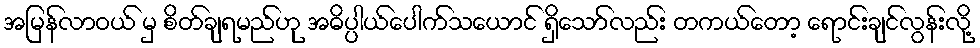
အမြန်လာဝယ် မှ စိတ်ချရမည်ဟု အဓိပ္ပါယ်ပေါက်သယောင် ရှိသော်လည်း တကယ်တော့ ရောင်းချင်လွန်းလို့